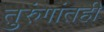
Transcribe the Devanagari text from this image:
तुरुंगांतही